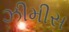
ઝીમીસ